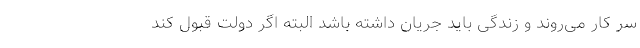
سر کار می‌روند و زندگی باید جریان داشته باشد البته اگر دولت قبول کند